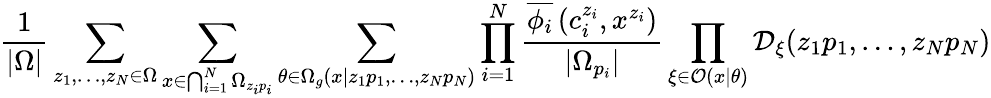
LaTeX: \frac{1}{|\Omega|}\sum_{z_{1},\ldots,z_{N}\in\Omega}\sum_{x\in\bigcap_{i=1}^{N}\Omega_{z_{i}p_{i}}}\sum_{\theta\in\Omega_{g}(x|z_{1}p_{1},\ldots,z_{N}p_{N})}\prod_{i=1}^{N}\frac{\overline{{{\phi_{i}}}}\left(c_{i}^{z_{i}},x^{z_{i}}\right)}{|\Omega_{p_{i}}|}\prod_{\xi\in\mathcal{O}(x|\theta)}\mathcal{D}_{\xi}(z_{1}p_{1},\ldots,z_{N}p_{N})